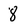
Character: 8